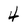
Character: 4